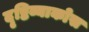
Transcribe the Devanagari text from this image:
दृष्टिव्याकोस